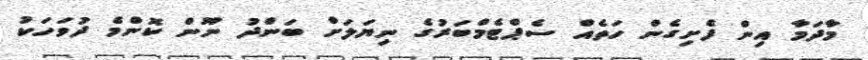
މާދަމާ އިން ފެށިގެން ހަތެއް ސެޕްޓެމްބަރުގެ ނިޔަލަށް ބަންދު ނޫން ކޮންމެ ދުވަހަކު